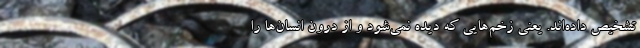
تشخیص داده‌اند. یعنی زخم‌هایی که دیده نمی‌شود و از درون انسان‌ها را